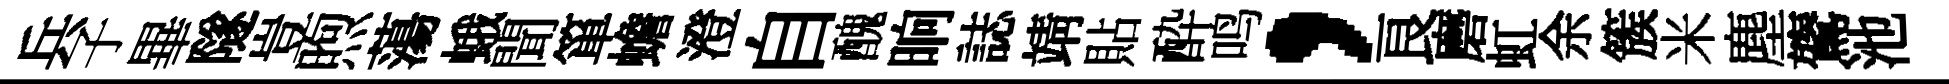
兵子畢隧豈煦蕩蛾聞箪蟾澄自醜晌誌靖貼酔鸣，良磨虹余簇米塵鷟池